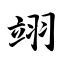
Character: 翊